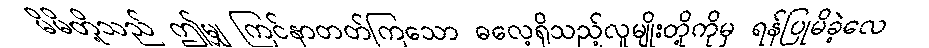
မိမိတို့သည် ဤမျှ ကြင်နာတတ်ကြသော ဓလေ့ရှိသည့်လူမျိုးတို့ကိုမှ ရန်ပြုမိခဲ့လေ